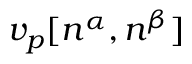
v _ { p } [ n ^ { \alpha } , n ^ { \beta } ]